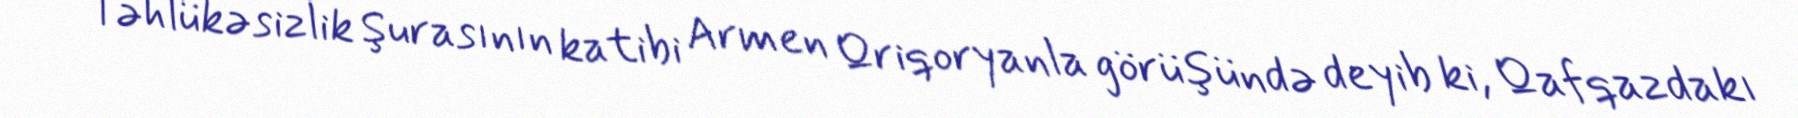
Təhlükəsizlik Şurasının katibi Armen Qriqoryanla görüşündə deyib ki, Qafqazdakı